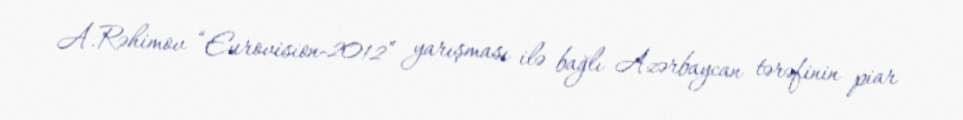
A.Rəhimov “Eurovision-2012” yarışması ilə bağlı Azərbaycan tərəfinin piar